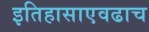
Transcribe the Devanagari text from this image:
इतिहासाएवढाच